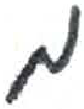
אות: מ